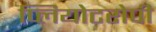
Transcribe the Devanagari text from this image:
प्लियोटरोपी